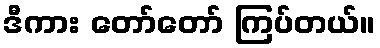
ဒီကား တော်တော် ကြပ်တယ်။